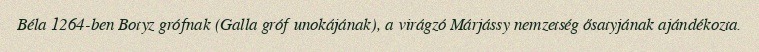
Béla 1264-ben Botyz grófnak (Galla gróf unokájának), a virágzó Márjássy nemzetség ősatyjának ajándékozta.